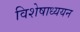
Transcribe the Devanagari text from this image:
विशेषाध्ययन